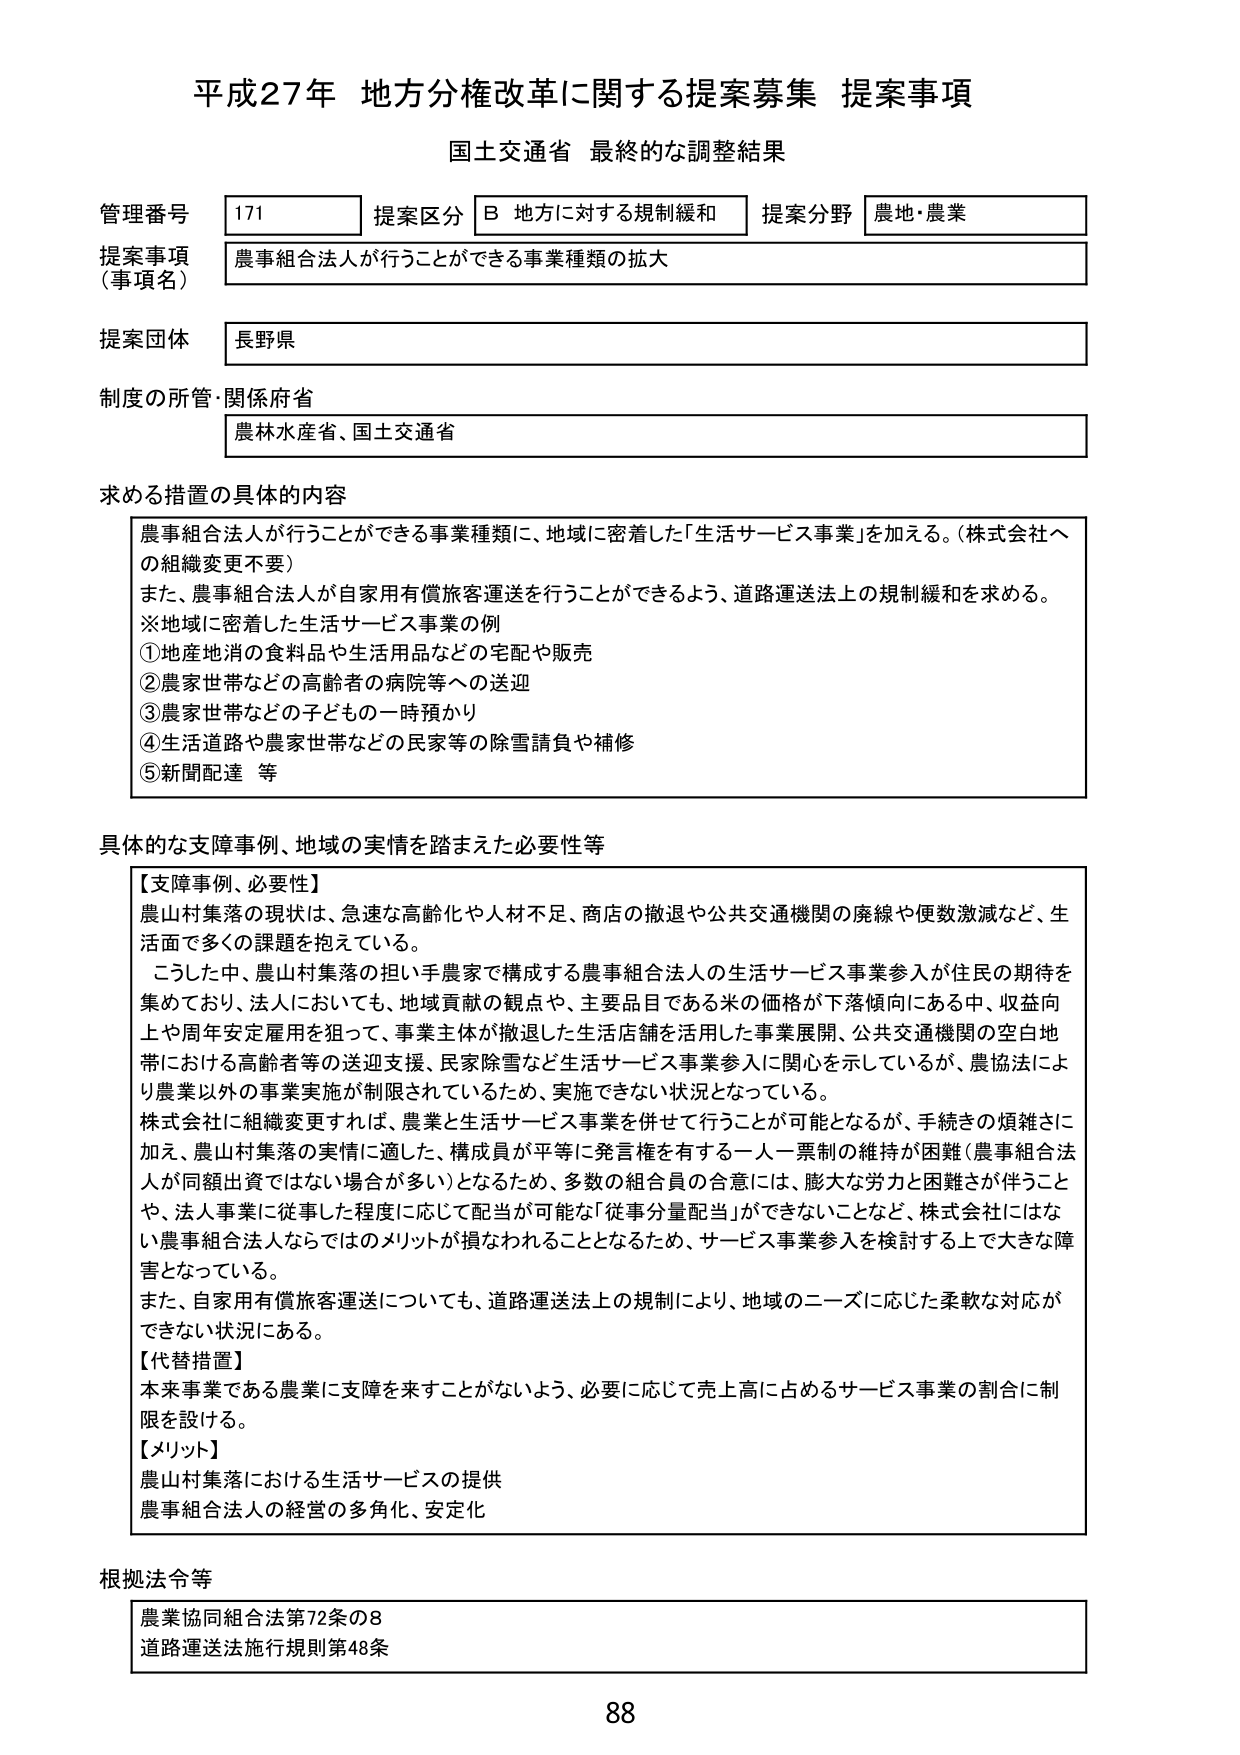
平成27年 地方分権改革に関する提案募集 提案事項
国土交通省 最終的な調整結果

管理番号 171 提案区分 B 地方に対する規制緩和 提案分野 農地・農業
提案事項（事項名） 農事組合法人が行うことができる事業種類の拡大
提案団体 長野県
制度の所管・関係府省 農林水産省、国土交通省

求める措置の具体的内容
農事組合法人が行うことができる事業種類に、地域に密着した「生活サービス事業」を加える。（株式会社への組織変更不要）
また、農事組合法人が自家用有償旅客運送を行うことができるよう、道路運送法上の規制緩和を求める。
※地域に密着した生活サービス事業の例
①地産地消の食料品や生活用品などの宅配や販売
②農家世帯などの高齢者の病院等への送迎
③農家世帯などの子どもの一時預かり
④生活道路や農家世帯などの民家等の除雪請負や補修
⑤新聞配達 等

具体的な支障事例、地域の実情を踏まえた必要性等
【支障事例、必要性】
農山村集落の現状は、急速な高齢化や人材不足、商店の撤退や公共交通機関の廃線や便数激減など、生活面で多くの課題を抱えている。
こうした中、農山村集落の担い手農家で構成する農事組合法人の生活サービス事業参入が住民の期待を集めており、法人においても、地域貢献の観点や、主要品目である米の価格が下落傾向にある中、収益向上や周年安定雇用を狙って、事業主体が撤退した生活店舗を活用した事業展開、公共交通機関の空白地帯における高齢者等の送迎支援、民家除雪など生活サービス事業参入に関心を示しているが、農協法により農業以外の事業実施が制限されているため、実施できない状況となっている。
株式会社に組織変更すれば、農業と生活サービス事業を併せて行うことが可能となるが、手続きの煩雑さに加え、農山村集落の実情に適した、構成員が平等に発言権を有する一人一票制の維持が困難（農事組合法人が同額出資ではない場合が多い）となるため、多数の組合員の合意には、膨大な労力と困難さが伴うことや、法人事業に従事した程度に応じて配当が可能な「従事分配当」ができないことなど、株式会社にはない農事組合法人ならではのメリットが損なわれることとなるため、サービス事業参入を検討する上で大きな障害となっている。
また、自家用有償旅客運送についても、道路運送法上の規制により、地域のニーズに応じた柔軟な対応ができない状況にある。
【代替措置】
本来事業である農業に支障を来すことがないよう、必要に応じて売上高に占めるサービス事業の割合に制限を設ける。
【メリット】
農山村集落における生活サービスの提供
農事組合法人の経営の多角化、安定化

根拠法令等
農業協同組合法第72条の8
道路運送法施行規則第48条

88